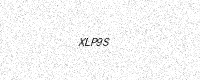
Text: XLP9S